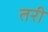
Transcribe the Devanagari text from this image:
तरी